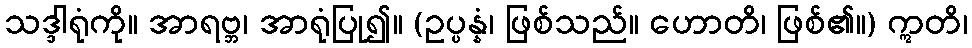
သဒ္ဒါရုံကို။ အာရဗ္ဘ၊ အာရုံပြု၍။ (ဥပ္ပန္နံ၊ ဖြစ်သည်။ ဟောတိ၊ ဖြစ်၏။) ဣတိ၊